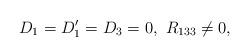
LaTeX: \begin{align*}D_1=D_1'=D_3=0,\ R_{133}\neq 0,\end{align*}